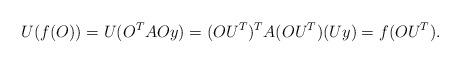
LaTeX: \begin{align*} U(f(O))=U(O^TAOy) = (OU^T)^T A (OU^T)(Uy)= f(OU^T). \end{align*}